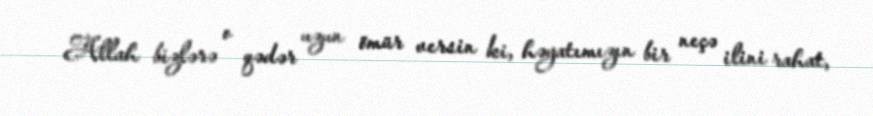
Allah bizlərə o qədər uzun ömür versin ki, həyatımızın bir neçə ilini rahat,